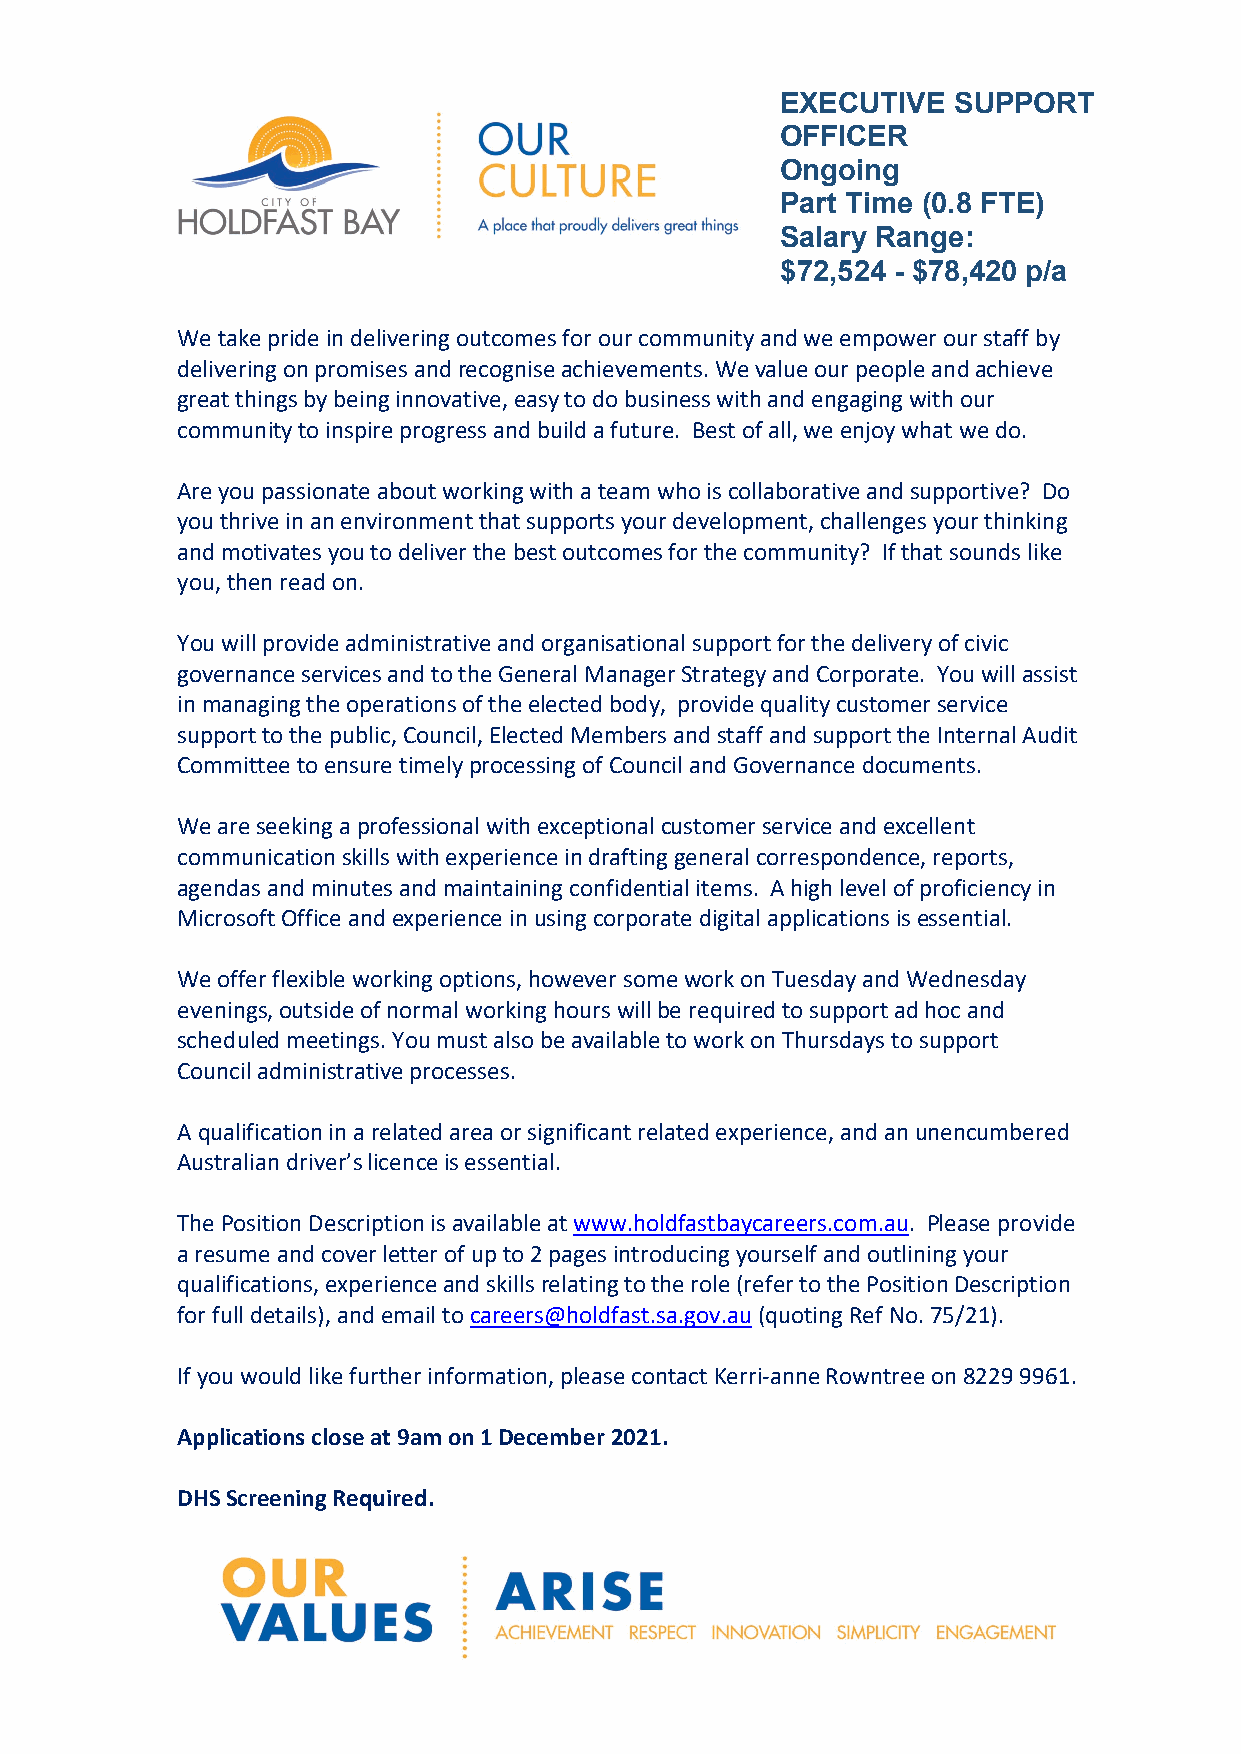
EXECUTIVE  SUPPORT
 OFFICER
 Ongoing
 Part Time (0.8 FTE)
 Salary Range:
 $72,524 - $78,420 p/a
 We take pride in delivering outcomes for our community and we empower our staff by
 delivering on promises and recognise achievements. We value our people and achieve
 great things by being innovative, easy to do business with and engaging with our
 community to inspire progress and build a future. Best of all, we enjoy what we do.
 Are you passionate about working with a team who is collaborative and supportive? Do
 you thrive in an environment that supports your development, challenges your thinking
 and motivates you to deliver the best outcomes for the community? If that sounds like
 you, then read on.
 You will provide administrative and organisational support for the delivery of civic
 governance services and to the General Manager Strategy and Corporate. You will assist
 in managing the operations of the elected body, provide quality customer service
 support to the public, Council, Elected Members and staff and support the Internal Audit
 Committee to ensure timely processing of Council and Governance documents.
 We are seeking a professional with exceptional customer service and excellent
 communication skills with experience in drafting general correspondence, reports,
 agendas and minutes and maintaining confidential items. A high level of proficiency in
 Microsoft Office and experience in using corporate digital applications is essential.
 We offer flexible working options, however some work on Tuesday and Wednesday
 evenings, outside of normal working hours will be required to support ad hoc and
 scheduled meetings. You must also be available to work on Thursdays to support
 Council administrative processes.
 A qualification in a related area or significant related experience, and an unencumbered
 Australian driver’s licence is essential.
 The Position Description is available at www.holdfastbaycareers.com.au. Please provide
 a resume and cover letter of up to 2 pages introducing yourself and outlining your
 qualifications, experience and skills relating to the role (refer to the Position Description
 for full details), and email to careers@holdfast.sa.gov.au (quoting Ref No. 75/21).
 If you would like further information, please contact Kerri-anne Rowntree on 8229 9961.
 Applications close at 9am on 1 December 2021.
 DHS Screening Required.